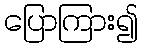
ပြောကြား၍